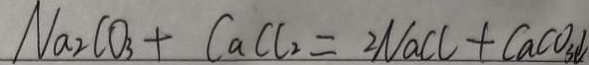
N a _ { 2 } C O _ { 3 } + C a C l _ { 2 } = 2 N a C l + C a C O _ { 3 } \downarrow